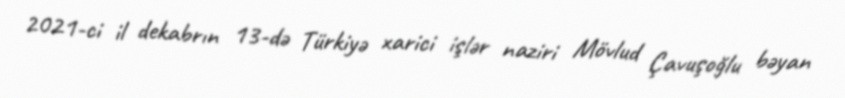
2021-ci il dekabrın 13-də Türkiyə xarici işlər naziri Mövlud Çavuşoğlu bəyan